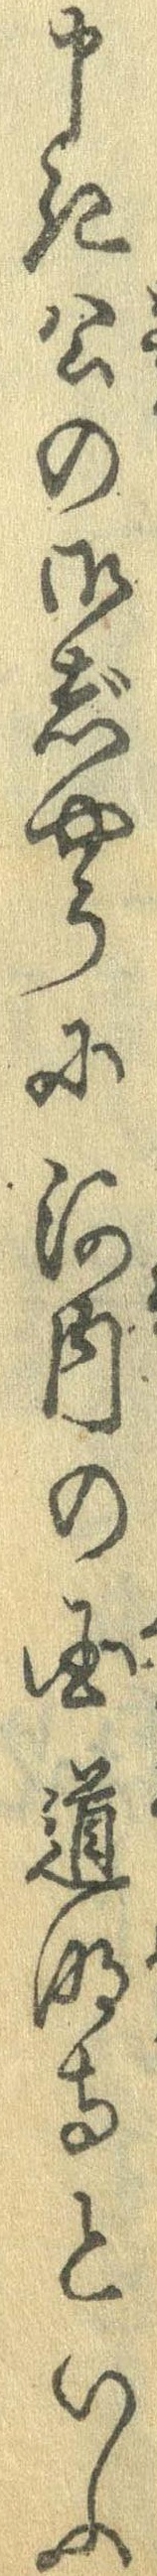
申き公の御じやうに河内の国道明寺といふ